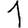
Digit: 1